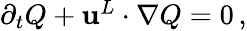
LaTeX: \begin{array}{r}{\partial_{t}Q+{\mathbf{u}}^{L}\cdot\nabla Q=0\, ,}\end{array}